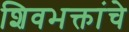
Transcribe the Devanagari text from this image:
शिवभक्तांचे